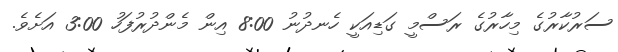
ސަރުކާރުގެ މިހާރުގެ ރަސްމީ ގަޑިއަކީ ހެނދުނު 8:00 އިން މެންދުރުފަހު 3:00 އަށެވެ.